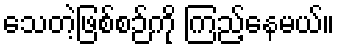
သေတဲ့ဖြစ်စဉ်ကို ကြည့်နေမယ်။